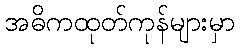
အဓိကထုတ်ကုန်များမှာ